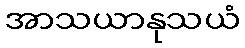
အာသယာနုသယံ